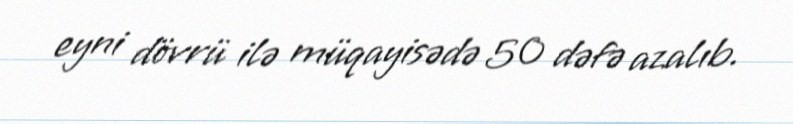
eyni dövrü ilə müqayisədə 50 dəfə azalıb.